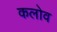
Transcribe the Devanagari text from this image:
कलोव